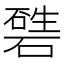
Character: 𥕙